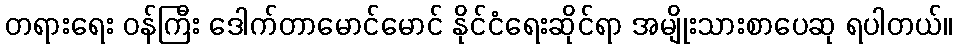
တရားရေး ဝန်ကြီး ဒေါက်တာမောင်မောင် နိုင်ငံရေးဆိုင်ရာ အမျိုးသားစာပေဆု ရပါတယ်။